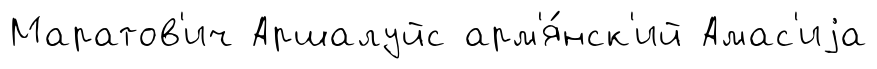
Маратов'ич Аршалуйс арм'я́нск'ий Амас'иjа